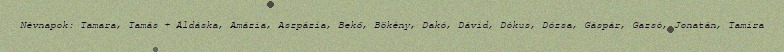
Névnapok: Tamara, Tamás + Áldáska, Amázia, Aszpázia, Bekő, Bökény, Dakó, Dávid, Dókus, Dózsa, Gáspár, Gazsó, Jonatán, Tamira